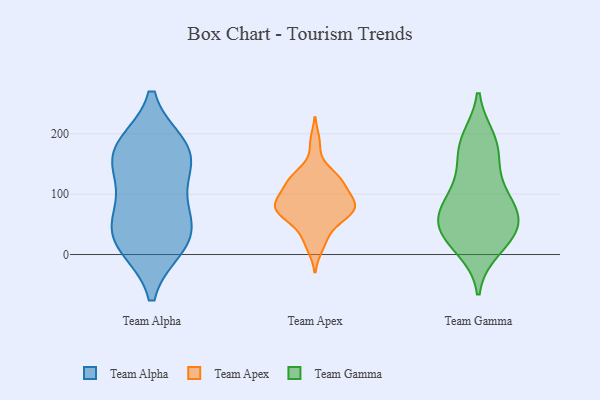
{"axis": {"x": "Humidity (%)", "y": "Value"}, "legend": ["Team Alpha", "Team Apex", "Team Gamma"], "data": [{"x": "", "y": 179, "type": "Team Alpha"}, {"x": "", "y": 176, "type": "Team Alpha"}, {"x": "", "y": 159, "type": "Team Alpha"}, {"x": "", "y": 117, "type": "Team Alpha"}, {"x": "", "y": 165, "type": "Team Alpha"}, {"x": "", "y": 30, "type": "Team Alpha"}, {"x": "", "y": 15, "type": "Team Alpha"}, {"x": "", "y": 70, "type": "Team Alpha"}, {"x": "", "y": 55, "type": "Team Alpha"}, {"x": "", "y": 18, "type": "Team Alpha"}, {"x": "", "y": 117, "type": "Team Apex"}, {"x": "", "y": 93, "type": "Team Apex"}, {"x": "", "y": 12, "type": "Team Apex"}, {"x": "", "y": 72, "type": "Team Apex"}, {"x": "", "y": 73, "type": "Team Apex"}, {"x": "", "y": 65, "type": "Team Apex"}, {"x": "", "y": 111, "type": "Team Apex"}, {"x": "", "y": 99, "type": "Team Apex"}, {"x": "", "y": 87, "type": "Team Apex"}, {"x": "", "y": 49, "type": "Team Apex"}, {"x": "", "y": 77, "type": "Team Apex"}, {"x": "", "y": 29, "type": "Team Apex"}, {"x": "", "y": 128, "type": "Team Apex"}, {"x": "", "y": 80, "type": "Team Apex"}, {"x": "", "y": 131, "type": "Team Apex"}, {"x": "", "y": 133, "type": "Team Apex"}, {"x": "", "y": 70, "type": "Team Apex"}, {"x": "", "y": 186, "type": "Team Apex"}, {"x": "", "y": 11, "type": "Team Gamma"}, {"x": "", "y": 65, "type": "Team Gamma"}, {"x": "", "y": 57, "type": "Team Gamma"}, {"x": "", "y": 33, "type": "Team Gamma"}, {"x": "", "y": 80, "type": "Team Gamma"}, {"x": "", "y": 174, "type": "Team Gamma"}, {"x": "", "y": 180, "type": "Team Gamma"}, {"x": "", "y": 71, "type": "Team Gamma"}, {"x": "", "y": 101, "type": "Team Gamma"}, {"x": "", "y": 129, "type": "Team Gamma"}, {"x": "", "y": 38, "type": "Team Gamma"}, {"x": "", "y": 190, "type": "Team Gamma"}, {"x": "", "y": 31, "type": "Team Gamma"}]}